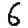
Digit: 6